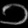
Digit: ၁